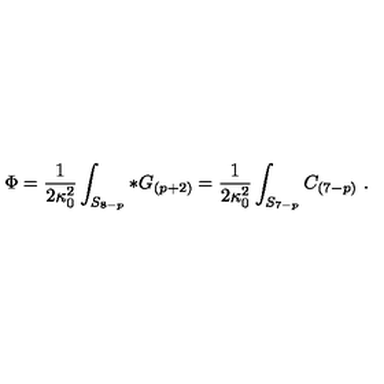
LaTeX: \Phi = { \frac { 1 } { 2 \kappa _ { 0 } ^ { 2 } } } \int _ { S _ { 8 - p } } * G _ { ( p + 2 ) } = { \frac { 1 } { 2 \kappa _ { 0 } ^ { 2 } } } \int _ { S _ { 7 - p } } C _ { ( 7 - p ) } \ .